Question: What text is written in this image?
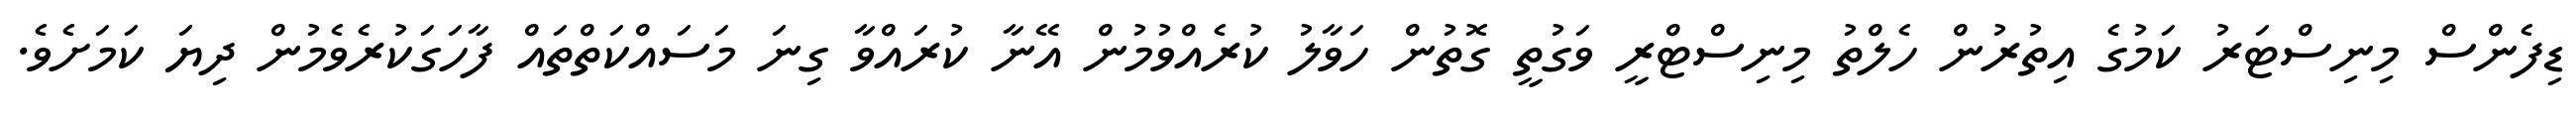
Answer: ޑިފެންސް މިނިސްޓަރު ކަމުގެ އިތުރުން ހެލްތު މިނިސްޓްރީ ވަގުތީ ގޮތުން ހަވާލު ކުރެއްވުމުން އޭނާ ކުރައްވާ ގިނަ މަސައްކަތްތައް ފާހަގަކުރެވެމުން ދިޔަ ކަމަށެވެ.